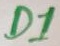
Text: D1